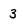
Character: 3